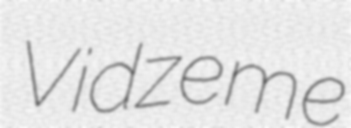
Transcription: Vidzeme